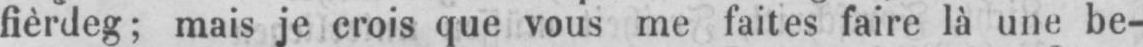
fièrdeg; mais je crois que vous me faites faire là une be-